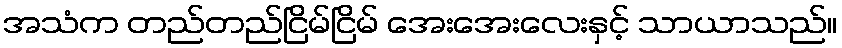
အသံက တည်တည်ငြိမ်ငြိမ် အေးအေးလေးနှင့် သာယာသည်။